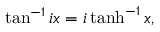
\tan ^ { - 1 } i x = i \operatorname { t a n h } ^ { - 1 } x ,